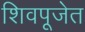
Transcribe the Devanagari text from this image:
शिवपूजेत